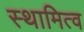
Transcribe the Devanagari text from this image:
स्थामित्व